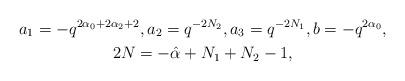
LaTeX: \begin{gather*}a_1=-q^{2\alpha_0+2\alpha_2+2},a_2=q^{-2N_2},a_3=q^{-2N_1},b=-q^{2\alpha_0},\\ 2N=-\hat{\alpha}+N_1+N_2-1,\end{gather*}